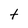
Character: t